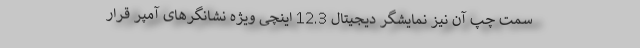
سمت چپ آن نیز نمایشگر دیجیتال 12.3 اینچی ویژه نشانگرهای آمپر قرار